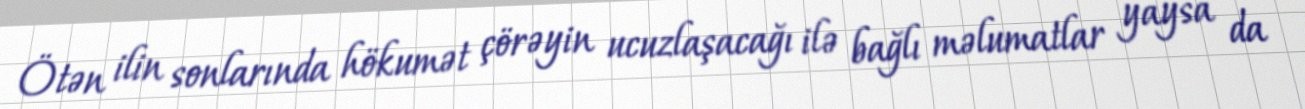
Ötən ilin sonlarında hökumət çörəyin ucuzlaşacağı ilə bağlı məlumatlar yaysa da